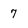
Character: 7